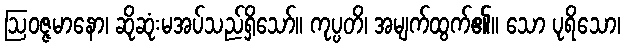
ဩဝဇ္ဇမာနော၊ ဆိုဆုံးမအပ်သည်ရှိသော်။ ကုပ္ပတိ၊ အမျက်ထွက်၏။ သော ပုရိသော၊